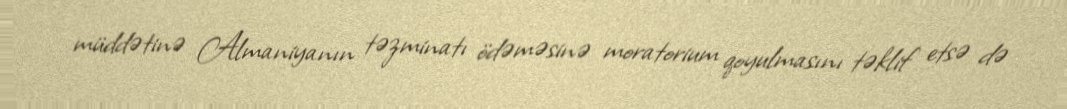
müddətinə Almaniyanın təzminatı ödəməsinə moratorium qoyulmasını təklif etsə də